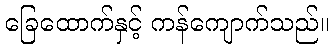
ခြေထောက်နှင့် ကန်ကျောက်သည်။